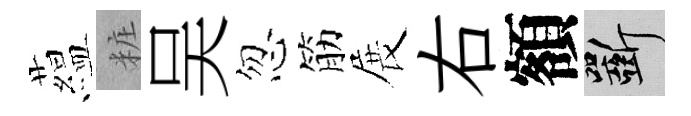
藴粧吴忽筋展右額斫